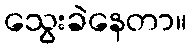
သွေးခဲနေတာ။